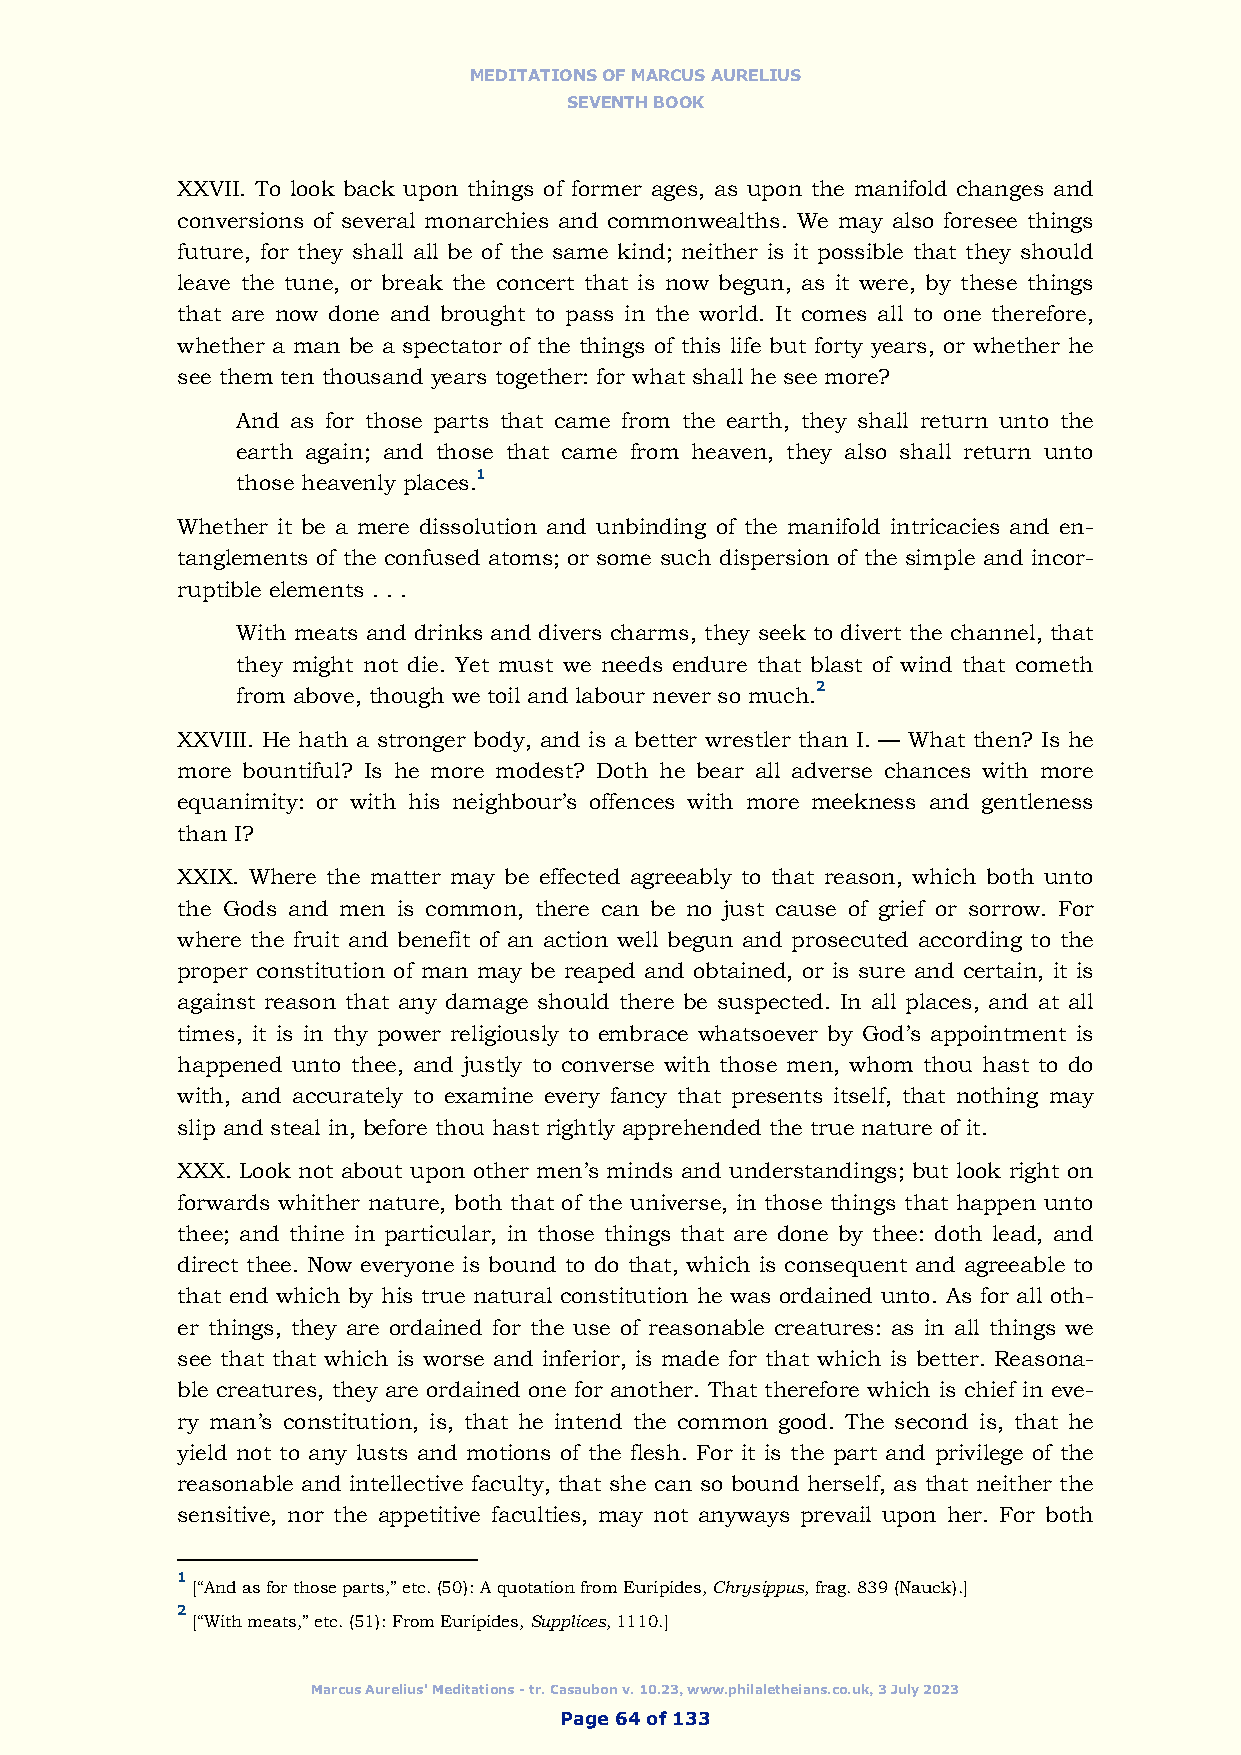
MEDITATIONS OF MARCUS AURELIUS
 SEVENTH BOOK
 XXVII. To look back upon things of former ages, as upon the manifold changes and
 conversions of several monarchies and commonwealths. We may also foresee things
 future, for they shall all be of the same kind; neither is it possible that they should
 leave the tune, or break the concert that is now begun, as it were, by these things
 that are now done and brought to pass in the world. It comes all to one therefore,
 whether a man be a spectator of the things of this life but forty years, or whether he
 see them ten thousand years together: for what shall he see more?
 And as for those parts that came from the earth, they shall return unto the
 earth again; and those that came from heaven, they also shall return unto
 those heavenly places.1
 Whether it be a mere dissolution and unbinding of the manifold intricacies and en-
 tanglements of the confused atoms; or some such dispersion of the simple and incor-
 ruptible elements . . .
 With meats and drinks and divers charms, they seek to divert the channel, that
 they might not die. Yet must we needs endure that blast of wind that cometh
 from above, though we toil and labour never so much.2
 XXVIII. He hath a stronger body, and is a better wrestler than I. — What then? Is he
 more bountiful? Is he more modest? Doth he bear all adverse chances with more
 equanimity: or with his neighbour’s offences with more meekness and gentleness
 than I?
 XXIX. Where the matter may be effected agreeably to that reason, which both unto
 the Gods and men is common, there can be no just cause of grief or sorrow. For
 where the fruit and benefit of an action well begun and prosecuted according to the
 proper constitution of man may be reaped and obtained, or is sure and certain, it is
 against reason that any damage should there be suspected. In all places, and at all
 times, it is in thy power religiously to embrace whatsoever by God’s appointment is
 happened unto thee, and justly to converse with those men, whom thou hast to do
 with, and accurately to examine every fancy that presents itself, that nothing may
 slip and steal in, before thou hast rightly apprehended the true nature of it.
 XXX. Look not about upon other men’s minds and understandings; but look right on
 forwards whither nature, both that of the universe, in those things that happen unto
 thee; and thine in particular, in those things that are done by thee: doth lead, and
 direct thee. Now everyone is bound to do that, which is consequent and agreeable to
 that end which by his true natural constitution he was ordained unto. As for all oth-
 er things, they are ordained for the use of reasonable creatures: as in all things we
 see that that which is worse and inferior, is made for that which is better. Reasona-
 ble creatures, they are ordained one for another. That therefore which is chief in eve-
 ry man’s constitution, is, that he intend the common good. The second is, that he
 yield not to any lusts and motions of the flesh. For it is the part and privilege of the
 reasonable and intellective faculty, that she can so bound herself, as that neither the
 sensitive, nor the appetitive faculties, may not anyways prevail upon her. For both
 1
 [“And as for those parts,” etc. (50): A quotation from Euripides, Chrysippus, frag. 839 (Nauck).]
 2
 [“With meats,” etc. (51): From Euripides, Supplices, 1110.]
 Marcus Aurelius' Meditations - tr. Casaubon v. 10.23, www.philaletheians.co.uk, 3 July 2023
 Page 64 of 133